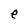
Character: e